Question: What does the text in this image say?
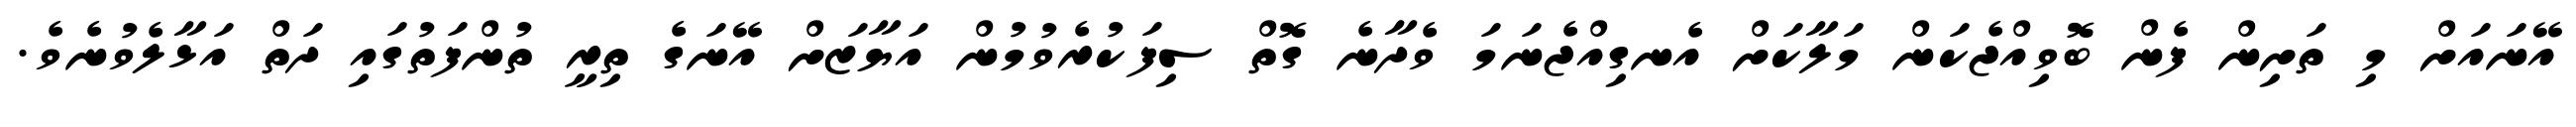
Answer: އޭނައަށް މި ތަށިން ފެން ބޮވިއްޖެކަން މަލާކަށް އެނގިއްޖެނަމަ ވެދާނެ ގޮތް ސިފަކުރެވުމުން އަޔާޒަށް އޭނަގެ ތިރީ ތުންފަތުގައި ދަތް އަޅާލެވުނެވެ.